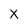
Character: X